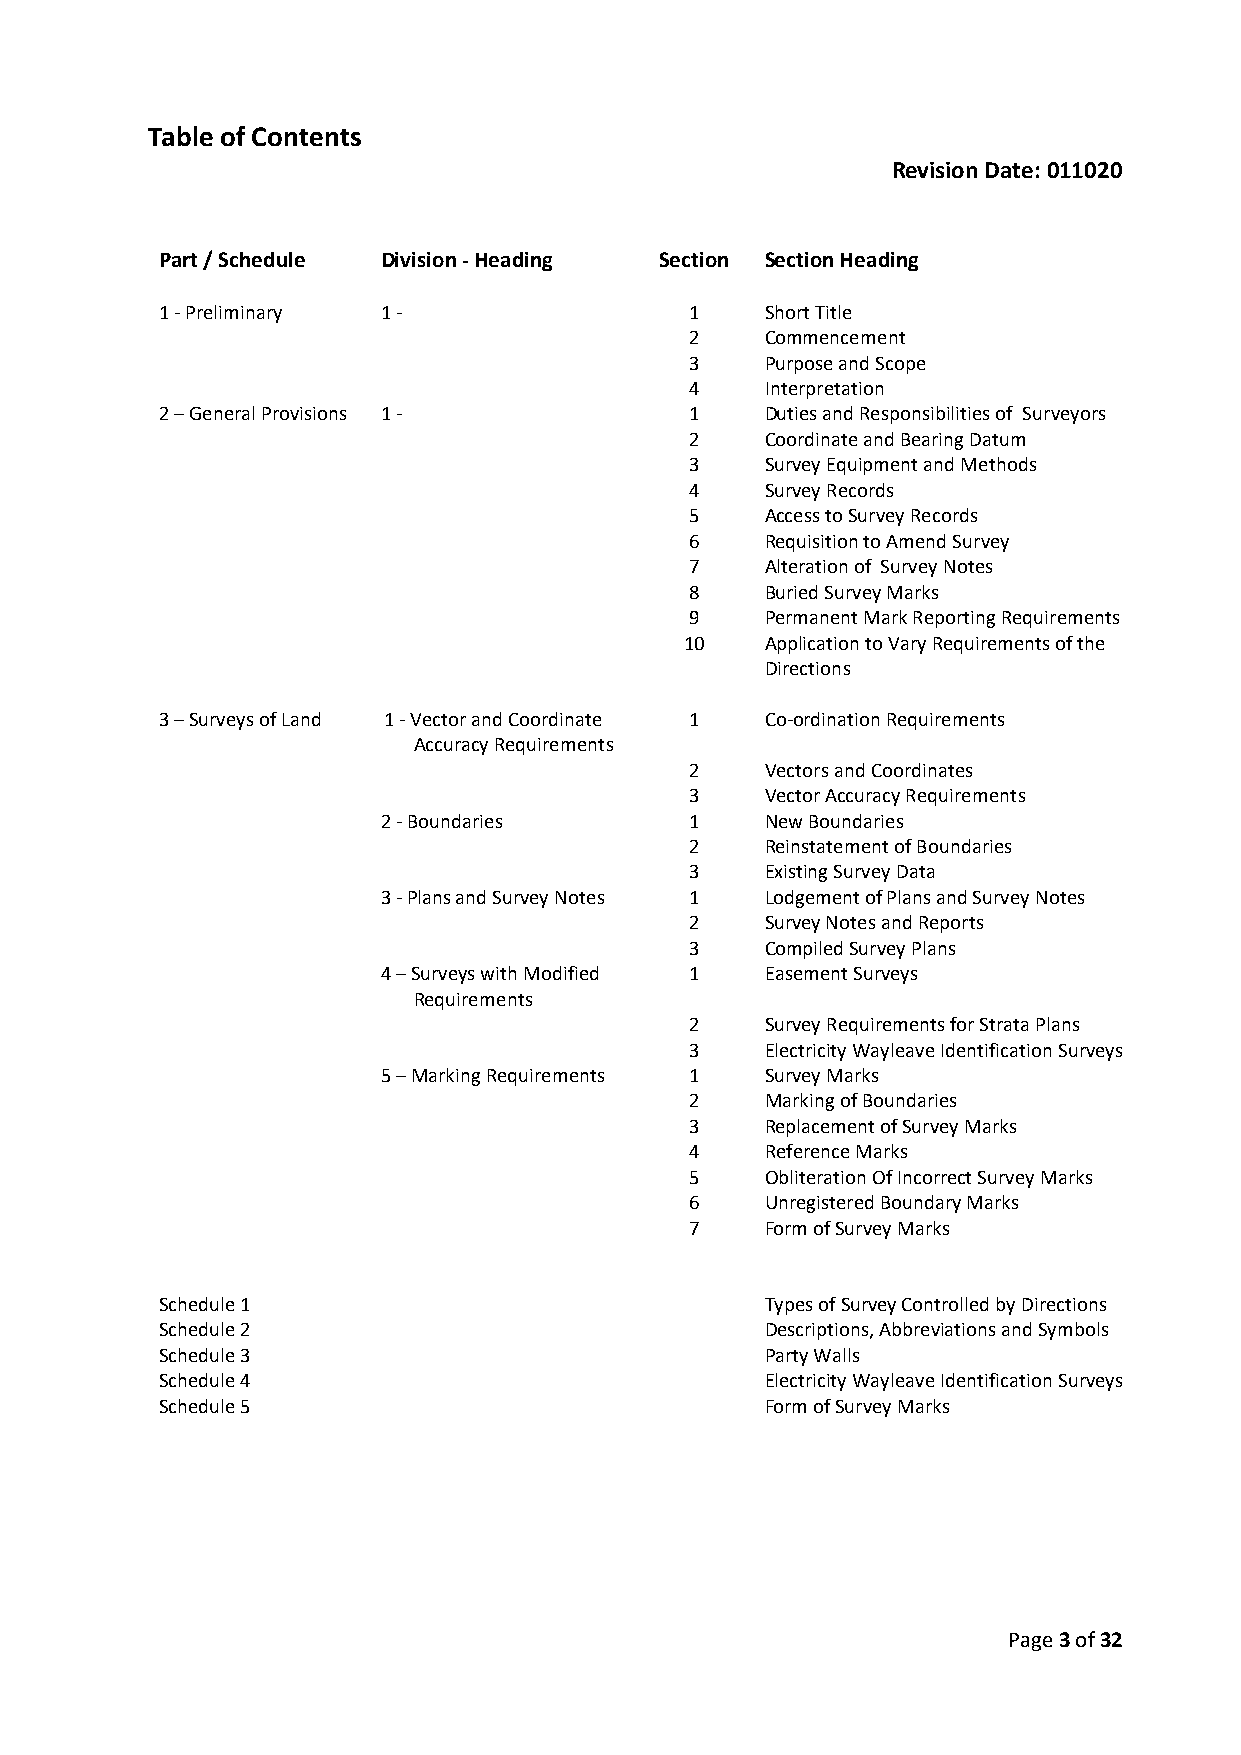
Table of Contents
 Revision Date: 011020
 Part / Schedule Division - Heading Section Section Heading
 1 - Preliminary 1 -                1    Short Title
 2    Commencement
 3    Purpose and Scope
 4    Interpretation
 2 – General Provisions 1 -         1    Duties and Responsibilities of Surveyors
 2    Coordinate and Bearing Datum
 3    Survey Equipment and Methods
 4    Survey Records
 5    Access to Survey Records
 6    Requisition to Amend Survey
 7    Alteration of Survey Notes
 8    Buried Survey Marks
 9    Permanent Mark Reporting Requirements
 10    Application to Vary Requirements of the
 Directions
 3 – Surveys of Land 1 - Vector and Coordinate 1 Co-ordination Requirements
 Accuracy Requirements
 2    Vectors and Coordinates
 3    Vector Accuracy Requirements
 2 - Boundaries       1    New Boundaries
 2    Reinstatement of Boundaries
 3    Existing Survey Data
 3 - Plans and Survey Notes 1 Lodgement of Plans and Survey Notes
 2    Survey Notes and Reports
 3    Compiled Survey Plans
 4 – Surveys with Modified 1 Easement Surveys
 Requirements
 2    Survey Requirements for Strata Plans
 3    Electricity Wayleave Identification Surveys
 5 – Marking Requirements 1 Survey Marks
 2    Marking of Boundaries
 3    Replacement of Survey Marks
 4    Reference Marks
 5    Obliteration Of Incorrect Survey Marks
 6    Unregistered Boundary Marks
 7    Form of Survey Marks
 Schedule 1                              Types of Survey Controlled by Directions
 Schedule 2                              Descriptions, Abbreviations and Symbols
 Schedule 3                              Party Walls
 Schedule 4                              Electricity Wayleave Identification Surveys
 Schedule 5                              Form of Survey Marks
 Page 3 of 32